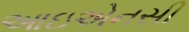
આઇએનસી